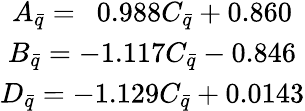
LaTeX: \begin{array}{clllc}{{A_{\bar{q}}=~~0.988C_{\bar{q}}+0.860}}\\ {{B_{\bar{q}}=-1.117C_{\bar{q}}-0.846}}\\ {{D_{\bar{q}}=-1.129C_{\bar{q}}+0.0143}}\end{array}